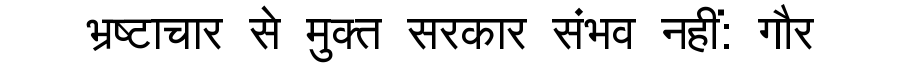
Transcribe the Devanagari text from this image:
भ्रष्टाचार से मुक्त सरकार संभव नहीं: गौर